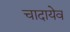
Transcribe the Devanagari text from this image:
चादायेव